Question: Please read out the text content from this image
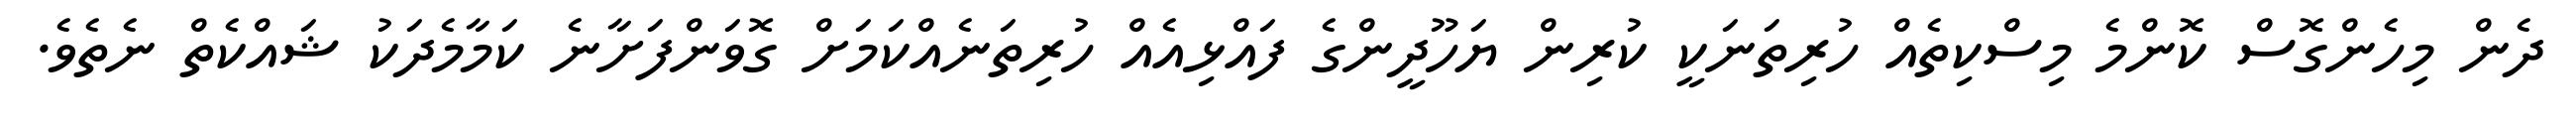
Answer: ދެން މިހެންގޮސް ކޮންމެ މިސްކިތެއް ހުރިތަނަކީ ކުރިން ޔަހޫދީންގެ ފައްޅިއެއް ހުރިތަނެއްކަމަށް ގޮވަންފަށާނެ ކަމާމެދަކު ޝައްކެތް ނެތެވެ.